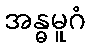
အန္ဓမူဂံ